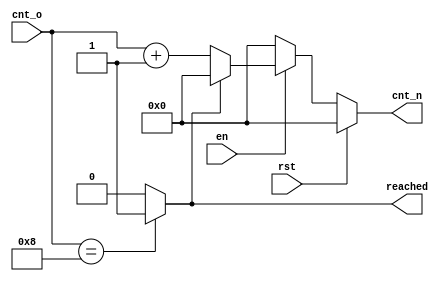
module counting
(
	input wire		  rst,
	input wire		  en,
	input wire [7:0] cnt_o,
	
	output reg [7:0] cnt_n,
	output wire		  reached
);

localparam [7:0] max_val = 8'd8;

assign reached = (cnt_o == max_val) ? 1'b1 : 1'b0;

always @ *
begin
	
	if (rst) cnt_n = 8'b0;
	
	else
	begin
	
		if (en)
		begin
			
			if (reached) cnt_n = 8'b0;
			else cnt_n = cnt_o + 8'b1;
		
		end
		
		else cnt_n = 8'b0;
	
	end

end

endmodule